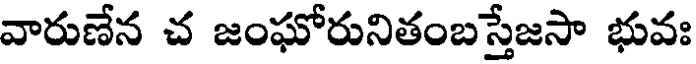
వారుణేన చ జంఘోరునితంబస్తేజసా భువః